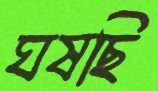
ঘষছি